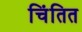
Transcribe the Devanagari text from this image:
चिंतित